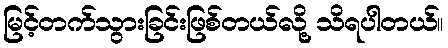
မြင့်တက်သွားခြင်းဖြစ်တယ်လို့ သိရပါတယ်။